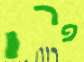
פרו